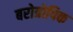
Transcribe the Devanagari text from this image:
बरोत्रोपिक